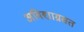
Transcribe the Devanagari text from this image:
अविद्याग्रसत